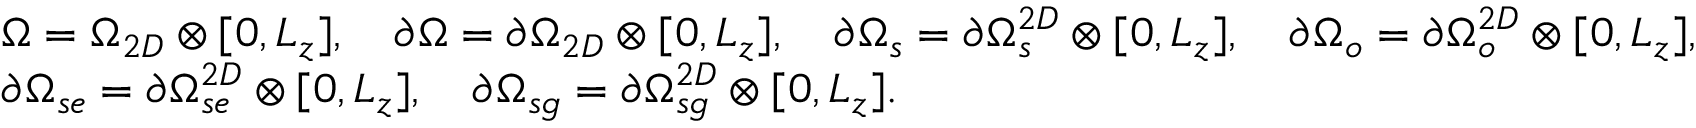
\begin{array} { r l } & { \Omega = \Omega _ { 2 D } \otimes [ 0 , L _ { z } ] , \quad \partial \Omega = \partial \Omega _ { 2 D } \otimes [ 0 , L _ { z } ] , \quad \partial \Omega _ { s } = \partial \Omega _ { s } ^ { 2 D } \otimes [ 0 , L _ { z } ] , \quad \partial \Omega _ { o } = \partial \Omega _ { o } ^ { 2 D } \otimes [ 0 , L _ { z } ] , } \\ & { \partial \Omega _ { s e } = \partial \Omega _ { s e } ^ { 2 D } \otimes [ 0 , L _ { z } ] , \quad \partial \Omega _ { s g } = \partial \Omega _ { s g } ^ { 2 D } \otimes [ 0 , L _ { z } ] . } \end{array}